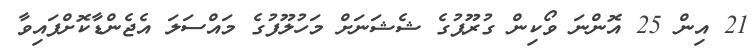
21 އިން 25 އޮންނަ ވޯކިން ގުރޫޕުގެ ޝެޝަނަށް މަހުލޫފުގެ މައްސަލަ އެޖެންޑާކޮށްފައިވާ